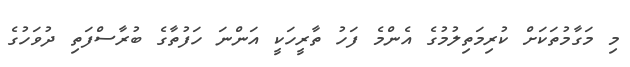
މި މަގާމުތަކަށް ކުރިމަތިލުމުގެ އެންމެ ފަހު ތާރީހަކީ އަންނަ ހަފުތާގެ ބުރާސްފަތި ދުވަހުގެ